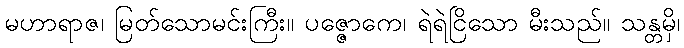
မဟာရာဇ၊ မြတ်သောမင်းကြီး။ ပဇ္ဇောကေ၊ ရဲရဲငြိသော မီးသည်။ သန္တမှိ၊